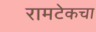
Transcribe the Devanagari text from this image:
रामटेकचा